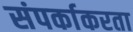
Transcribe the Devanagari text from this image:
संपर्काकरता